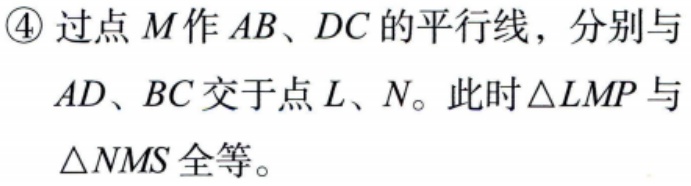
\textcircled{4} 过点 \(M\) 作 \(AB、DC\) 的平行线，分别与 \(AD、BC\) 交于点 \(L、N\)。此时\(\triangle LMP\) 与 \(\triangle NMS\) 全等。